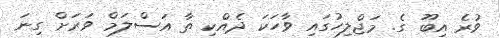
ވުރެ އިބޫ ގެ. މަޖްލިހުގައި ވާހަކަ ދެއްކި ތާ އަސްލަމް ވަރަށް ގިނަ